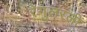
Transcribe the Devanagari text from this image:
रेगुलरली